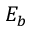
E _ { b }